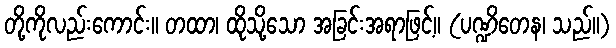
တို့ကိုလည်းကောင်း။ တထာ၊ ထိုသို့သော အခြင်းအရာဖြင့်။ (ပဏ္ဍိတေန၊ သည်။)